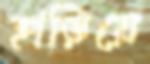
হাড়িয়ে